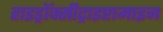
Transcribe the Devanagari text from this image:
हाइड्रॉक्सीट्राइप्टामाइन